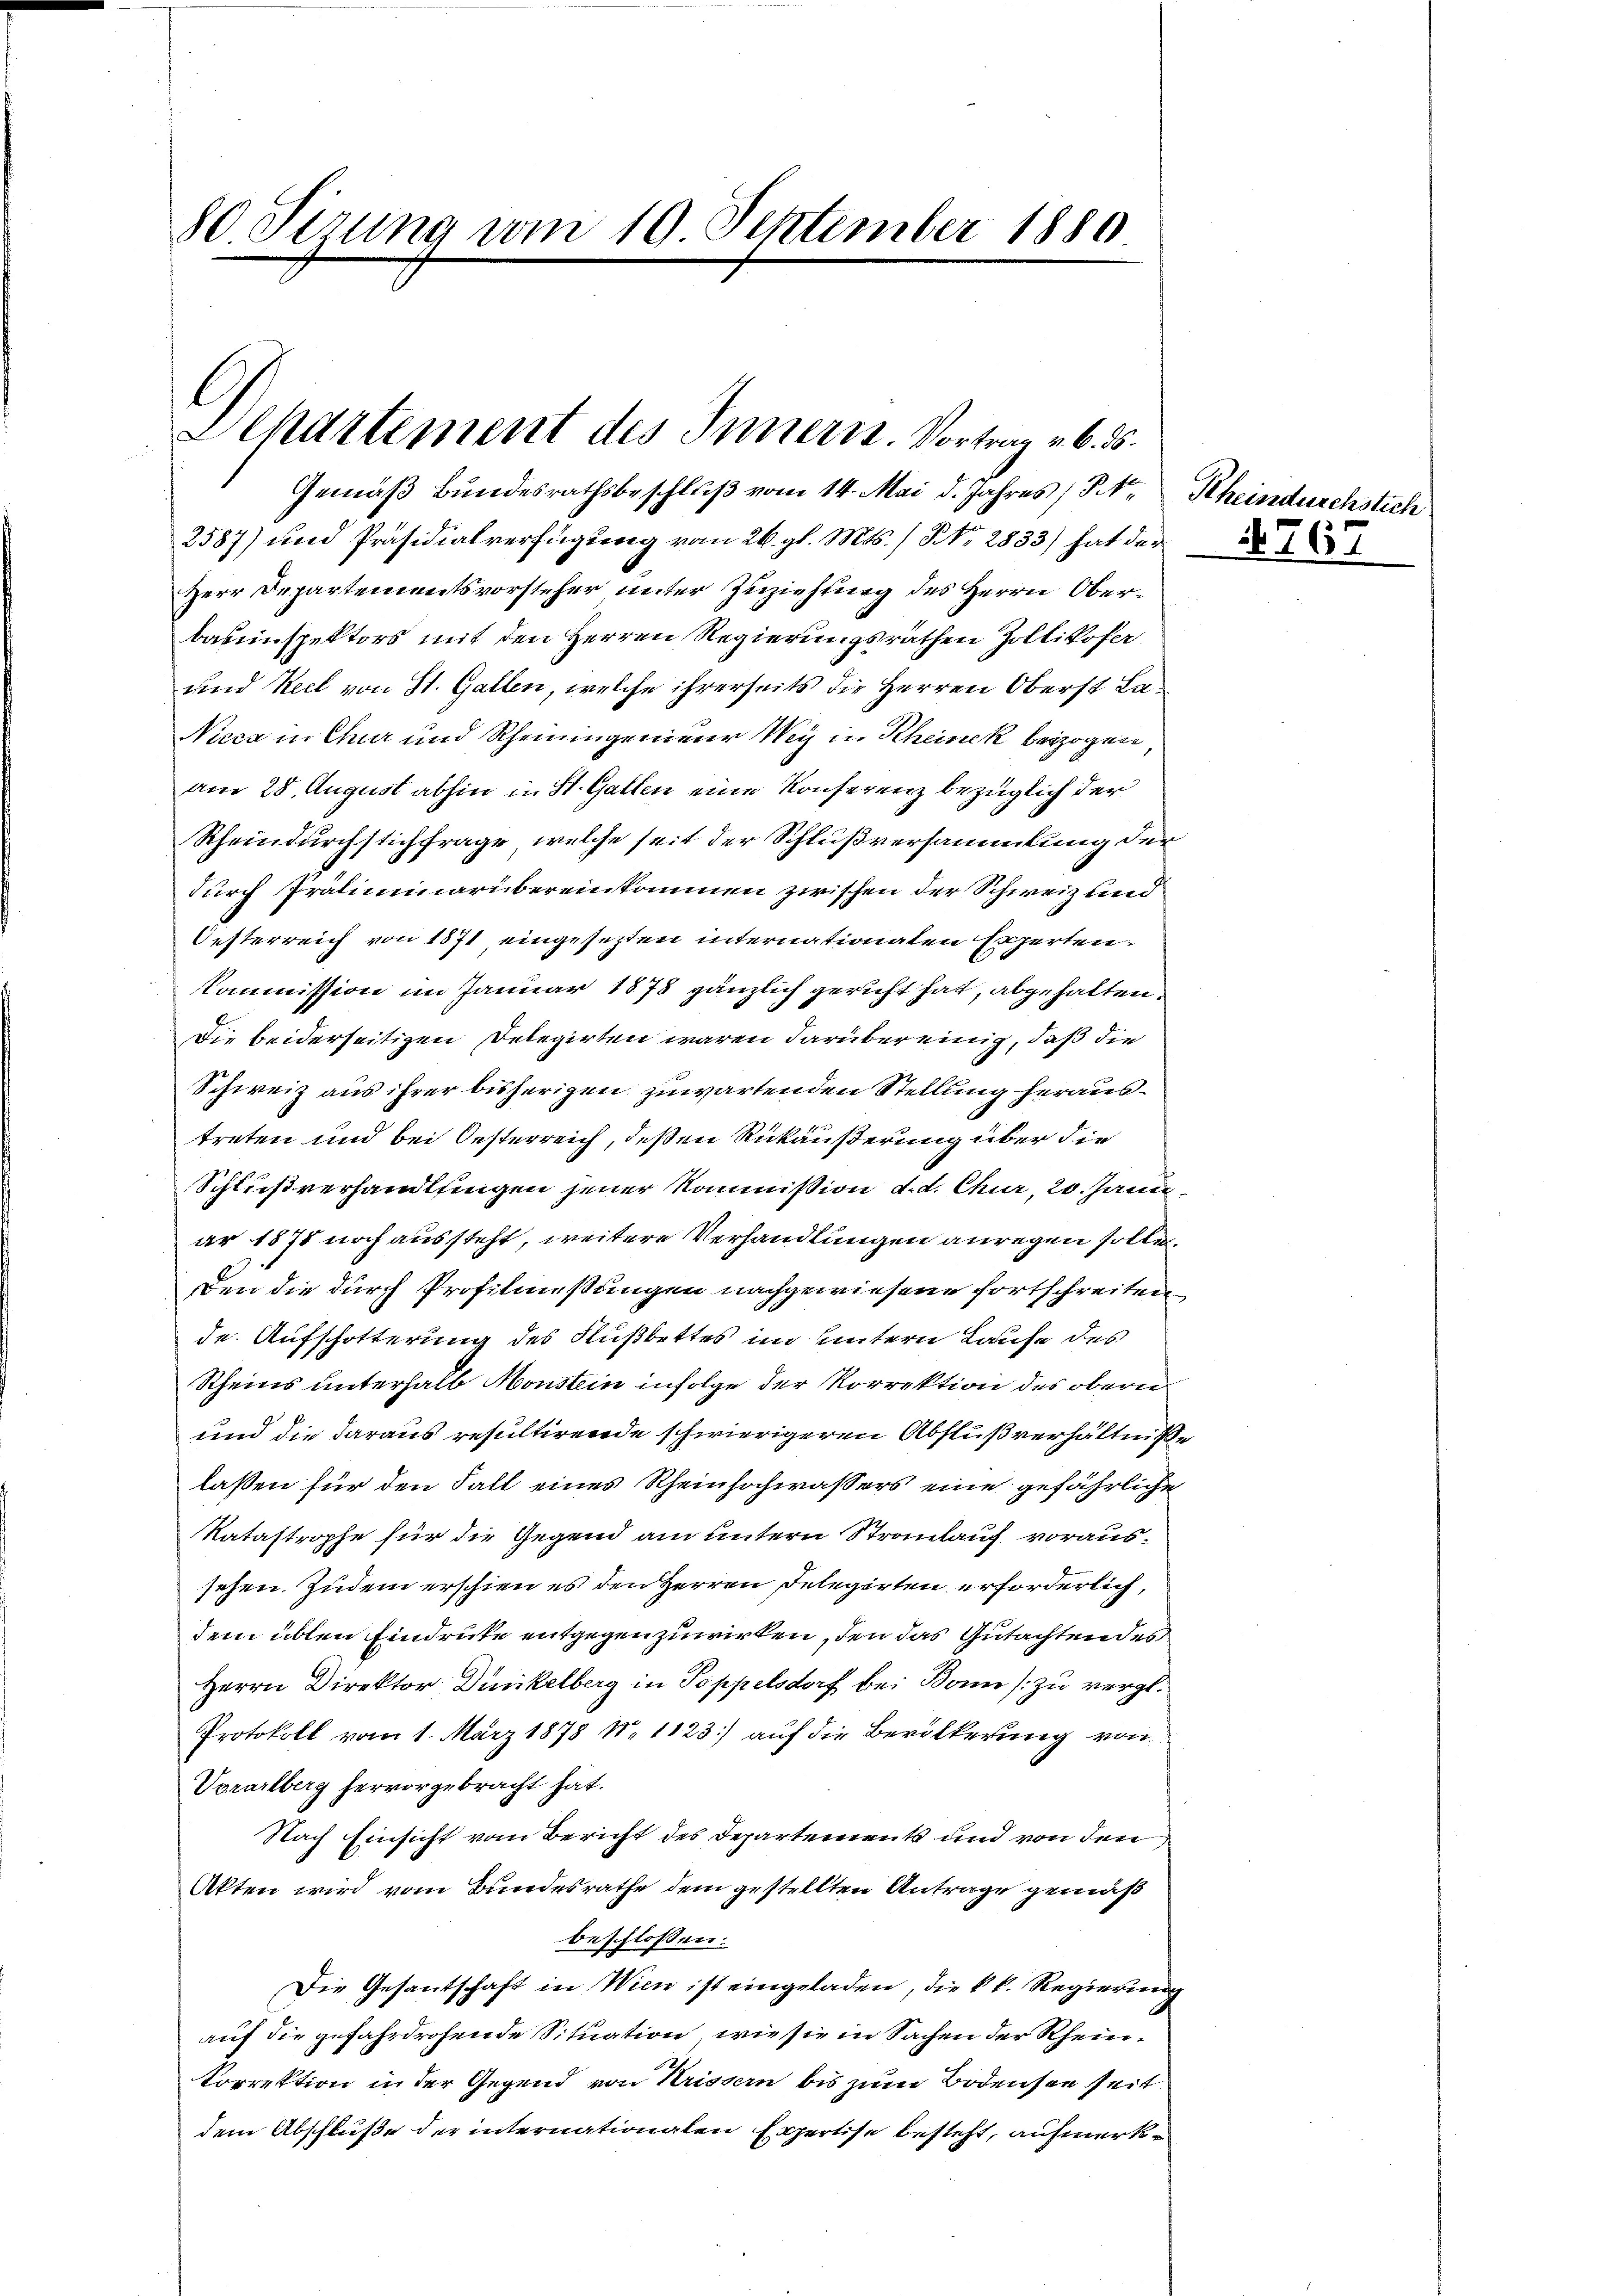
80 Sizung vom 10. September 1880

Chartement des Innern. Vortrag v. 6. ds.

Gemäß Bundesrathsbeschluß vom 14. Mai d. Jahres (Str Rhein
2587) und Präsidialverfügung vom 26. gl. Mts. / No. 2833) hat der
Herr Departementsvorsteher unter Zuziehung des Herrn Oberbasenspektors mit den Herren Regierungsräthen Zollikofer
und Keel von St. Gallen, welche ihrerseits die Herren Oberst La¬
Niccz in Chur und Rheiningenieur Weg in Scheinek bezogen
am 28. August abhin in St. Gallen eine Konferenz bezüglich der
Rheindurchstichfrage, welche seit der Schlußversammlung der
durch Präliminarübereinkommen zwischen der Schweiz und
Oesterreich von 1871 eingesezten internationaten Experten.
Kommission im Januar 1878 gänzlich gericht hat, abgehalten
Die beiderseitigen Delegirten waren darüber einig, daß die
Schweiz aus ihrer bisherigen zuwartenden Stellung heraustreten und bei Oesterreich, deßen Rückäußerung über die
Schlußverhandlsingen jener Kommission d. d. Chur, 20. Jann.
ar 1878 noch aussteht, weitere Verhandlungen anregen solle.
den die durch Profitmeßungen nachgewiesene fortschreiten
de. Aufschotterung des Flußbettes im Untern Laufe des
Rheins unterhalb Monstein infolge der Korrektion des obern
und die daraus resultirende schwierigeren Abflußverhältniße
lassen für den Fall eines Rheinhochwassers eine gefährliche
Katastrophe für die Gegend am untern Stranlauf voraussehen. Zudem erschien es den Herren Delegirten erforderlich,
dem üblen Eindrücke entgegen zuwirken, den das Gutachten des
Herrn Direktor Dinkelberg in Poppelsdorf bei Bonn zu vergl.
Protokoll vom 1. März 1878 No 1123] auf die Bevölkerung von
Vorarlberg hervorgebracht hat.
Nach Einsicht vom Bericht des Departements und von den
Akten wird vom Bundesrathe dem gestellten Antrage gemäß
beschlossen:
Die Gesantschaft in Wien ist eingeladen, die kk. Regierung
auf die gefahrdrohende Situation, wie sie in Sachen der Rhein¬
Korrektion in der Gegend von Krissern bis zum Bodensen seit
dem Abschluße der internationalen Expertise besteht, aufmerk¬

urchstich

6.